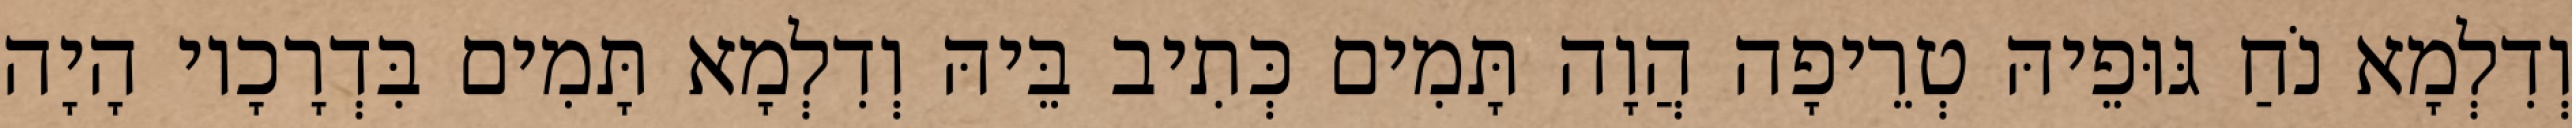
וְדִלְמָא נֹחַ גּוּפֵיהּ טְרֵיפָה הֲוָה תָּמִים כְּתִיב בֵּיהּ וְדִלְמָא תָּמִים בִּדְרָכָיו הָיָה